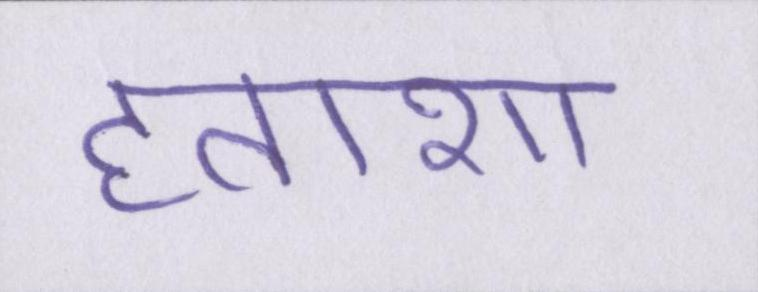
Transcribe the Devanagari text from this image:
हताशा